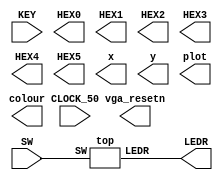
//this is a memory address decoder for 3 inputs and 2^3 outputs, outputs are 'one-hot' ~ only 1 output is on
//Truth Table:
//A2  A1  A0  | R7  R6  R5  R4  R3  R2  R1  R0
//0   0   0   | 0   0   0   0   0   0   0   1
//0   0   1   | 0   0   0   0   0   0   1   0
//0   1   0   | 0   0   0   0   0   1   0   0
//0   1   1   | 0   0   0   0   1   0   0   0
//1   0   0   | 0   0   0   1   0   0   0   0
//1   0   1   | 0   0   1   0   0   0   0   0
//1   1   0   | 0   1   0   0   0   0   0   0
//1   1   1   | 1   0   0   0   0   0   0   0

module main	(
	input wire CLOCK_50,            //On Board 50 MHz
	input wire [9:0] SW,            // On board Switches
	input wire [3:0] KEY,           // On board push buttons
	output wire [6:0] HEX0,         // HEX displays
	output wire [6:0] HEX1,
	output wire [6:0] HEX2,
	output wire [6:0] HEX3,
	output wire [6:0] HEX4,
	output wire [6:0] HEX5,
	output wire [9:0] LEDR,         // LEDs
	output wire [7:0] x,            // VGA pixel coordinates
	output wire [6:0] y,
	output wire [2:0] colour,       // VGA pixel colour (0-7)
	output wire plot,               // Pixel drawn when this is pulsed
	output wire vga_resetn      	// VGA resets to black when this is pulsed (NOT CURRENTLY AVAILABLE)
);
	top u1(SW, LEDR);

endmodule

module top(SW, LEDR);
    input [9:0] SW;
    output [9:0] LEDR;

    address_decoder v1 (SW[2:0], LEDR[7:0]);

endmodule

module address_decoder (address, row);
    input [2:0] address;
    output reg [7:0] row;

    always@(*)
        begin
            row = 8'b00000000;
            case (address)
                3'b000 : row[7] = 1;
                3'b001 : row[6] = 1;
                3'b010 : row[5] = 1;
                3'b011 : row[4] = 1;
                3'b100 : row[3] = 1;
                3'b101 : row[2] = 1;
                3'b110 : row[1] = 1;
                3'b111 : row[0] = 1;
                default row = 8'b0;
            endcase
        end
endmodule